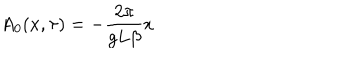
LaTeX: A _ { 0 } ( x , \tau ) = - \frac { 2 \pi } { g L \beta } x